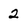
Character: 2